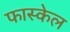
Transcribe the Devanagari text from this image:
फास्केल